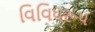
વિવિધરૂપ